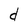
Character: d